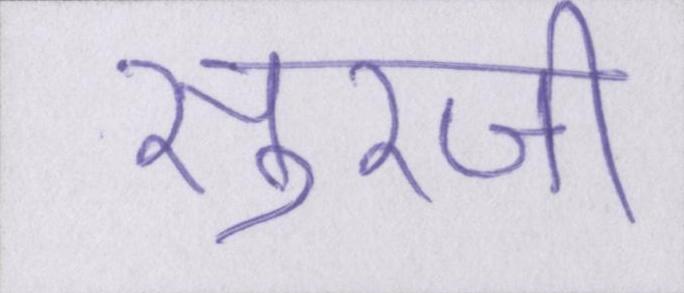
सुरजी